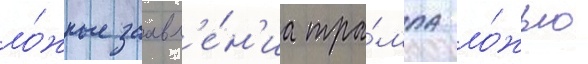
ло́жные заавл'е́н'иа тра́мпа ло́жью